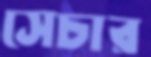
সেচার